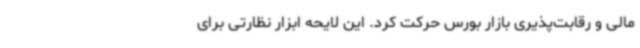
مالی و رقابت‌پذیری بازار بورس حرکت کرد. این لایحه ابزار نظارتی برای